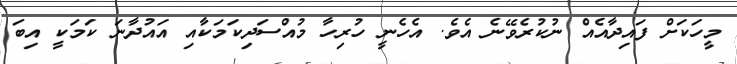
މީހަކަށް ފައިދާއެއް ނުކުރެވޭނެ އެވެ. އެހެނީ ހުރިހާ މުއްސަދިކަމަކާއި އައުދާނަ ކަމަކީ އިބަ